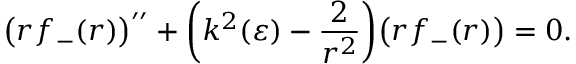
\big ( r f _ { - } ( r ) \big ) ^ { \prime \prime } + \bigg ( k ^ { 2 } ( \varepsilon ) - \frac { 2 } { r ^ { 2 } } \bigg ) \big ( r f _ { - } ( r ) \big ) = 0 .